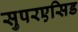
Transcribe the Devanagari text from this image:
सुपरएसिड